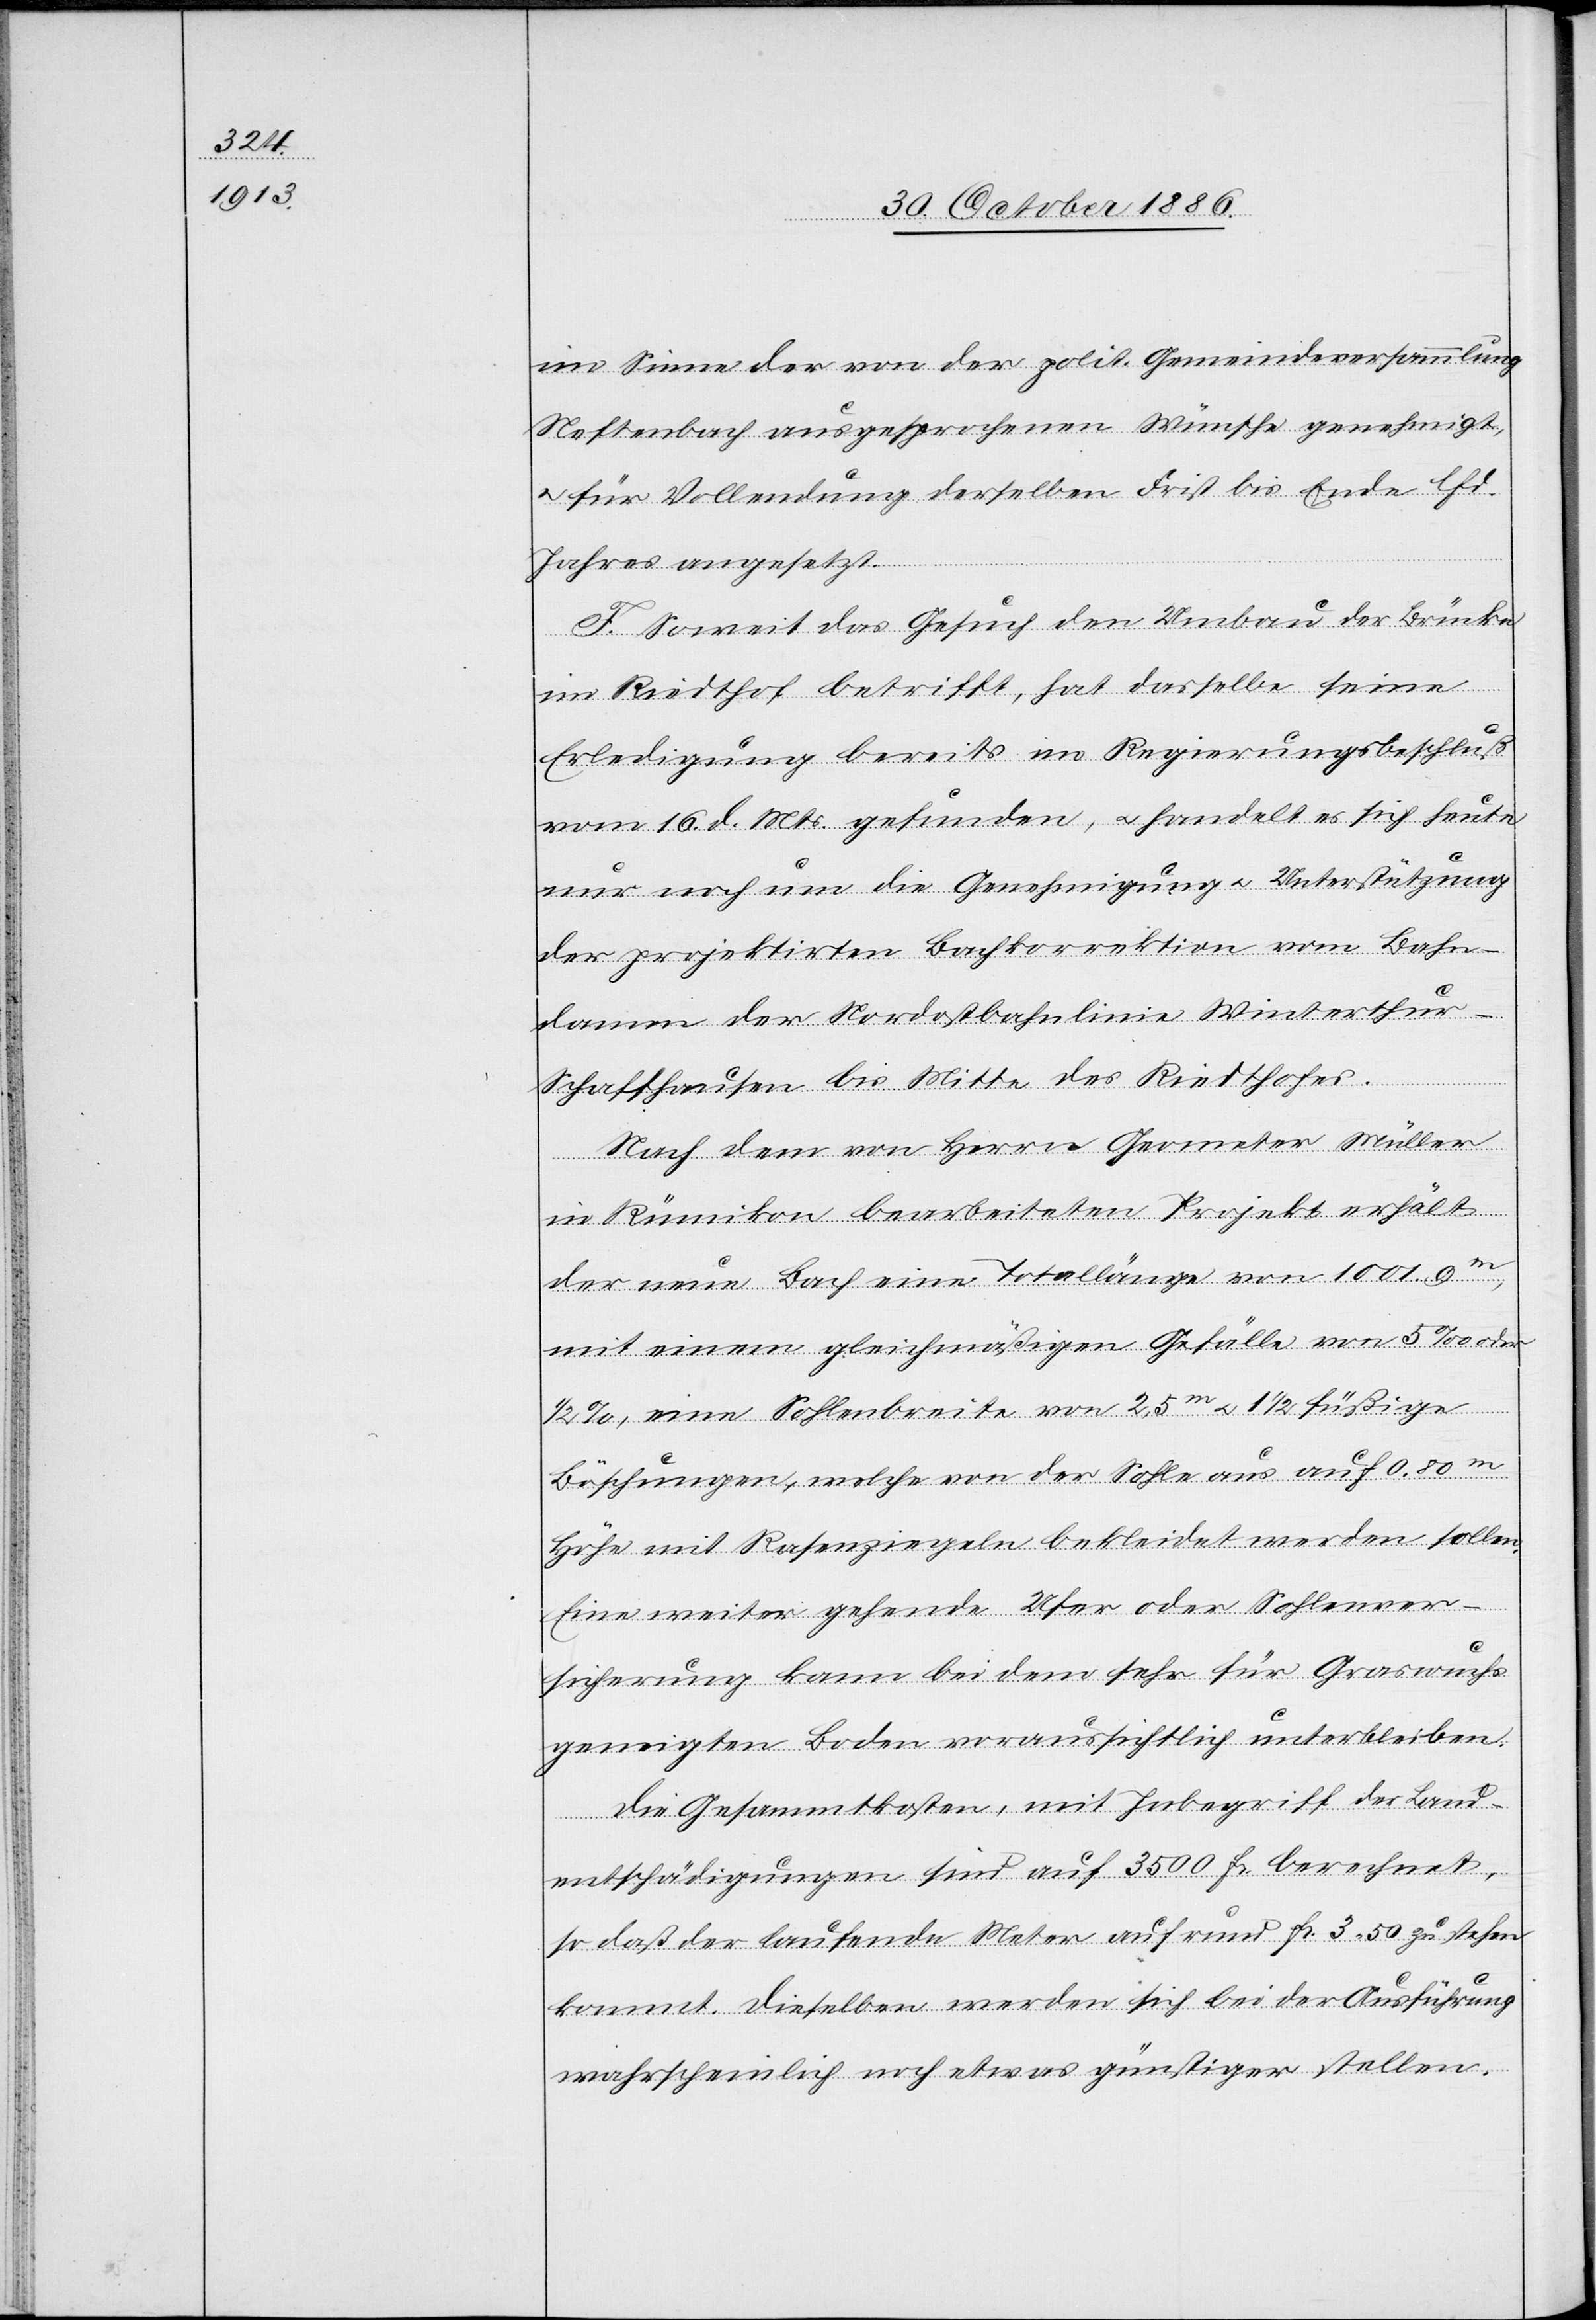
im Sinne der von der polit. Gemeindeversammlung
Neftenbach ausgesprochenen Wünsche genehmigt,
für Vollendung derselben Frist bis Ende lfd.
Jahres angesetzt.
F. Soweit das Gesuch den Umbau der Brücke
im Riedthof betrifft, hat dasselbe seine
Erledigung bereits im Regierungsbeschluß
vom 16. d. Mts. gefunden, & handelt es sich heute
nur noch um die Genehmigung & Unterstützung
der projektirten Bachkorrektion vom Bahn¬
damm der Nordostbahnlinie Winterthu¬
r–Schaffhausen bis Mitte des Riedthofes.
Nach dem von Herrn Geometer Müller
in Rümikon bearbeiteten Projekt erhält
der neue Bach eine Totallänge von 1001.9m,
mit einem gleichmäßigen Gefälle von 5‰ oder
1/2%, eine Sohlenbreite von 2,5m & 1 1/2füßige
Böschungen, welche von der Sohle aus auf 0.80m
Höhe mit Rasenziegeln bekleidet werden sollen.
Eine weiter gehende Ufer[-] oder Sohlenver¬
sicherung kann bei dem sehr für Graswuchs
geneigten Boden voraussichtlich unterbleiben.
Die Gesammtkosten, mit Inbegriff der Land¬
entschädigungen sind auf 3500 Fr. berechnet,
so daß der laufende Meter auf rund Fr. 3 50 zu stehen
kommt. Dieselben werden sich bei der Ausführung
wahrscheinlich noch etwas günstiger stellen.